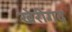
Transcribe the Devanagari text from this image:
खेरीगढ़